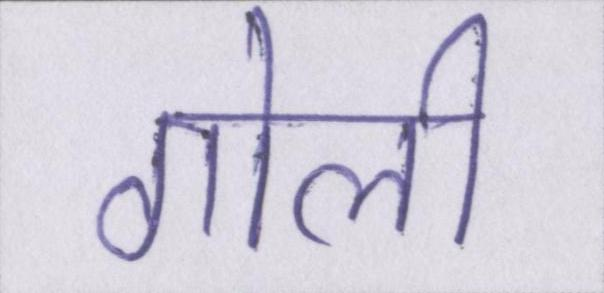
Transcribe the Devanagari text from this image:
गोली